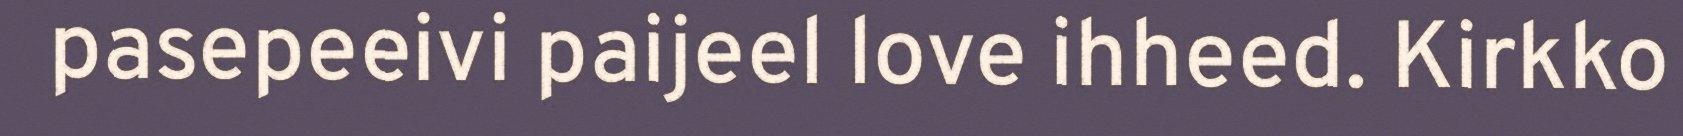
pasepeeivi paijeel love ihheed. Kirkko